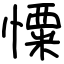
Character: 憟